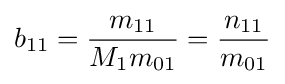
b_{11}={\frac {m_{11}}{M_{1}m_{01}}}={\frac {n_{11}}{m_{01}}}